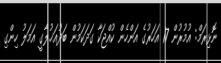
ނޮޅިރަމް: އުމުރުން 17 އަހަރުގެ އަންހެން ކުއްޖަކާ ގަދަކަމުން ބަދުއަޚުލާގީ އަމަލު ހިންގި